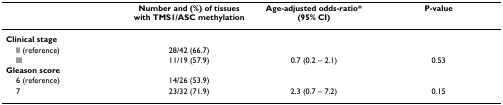
|  | Number and (%) of tissues with TMS1/ASC methylation | Age-adjusted odds-ratio* (95% CI) | P-value |
 | --- | --- | --- | --- |
 | Clinical stage |  |  |  |
 | II (reference) | 28/42 (66.7) |  |  |
 | III | 11/19 (57.9) | 0.7 (0.2 – 2.1) | 0.53 |
 | Gleason score |  |  |  |
 | 6 (reference) | 14/26 (53.9) |  |  |
 | 7 | 23/32 (71.9) | 2.3 (0.7 – 7.2) | 0.15 |